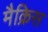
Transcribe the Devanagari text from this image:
मैक्रिस